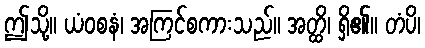
ဤသို့။ ယံဝစနံ၊ အကြင်စကားသည်။ အတ္ထိ၊ ရှိ၏။ တံပိ၊